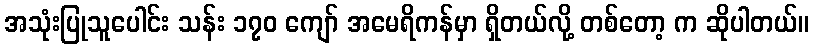
အသုံးပြုသူပေါင်း သန်း ၁၇၀ ကျော် အမေရိကန်မှာ ရှိတယ်လို့ တစ်တော့ က ဆိုပါတယ်။